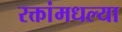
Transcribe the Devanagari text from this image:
रक्तांमधल्या